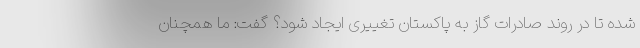
شده تا در روند صادرات گاز به پاکستان تغییری ایجاد شود؟ گفت: ما همچنان